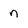
Character: n